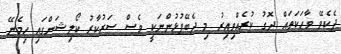
ދެކެވޭ ވާހަކަތައް ދޮގު ކުރެއްވިއިރު މި ދެބޭފުޅުންނަކީ ވެސް ސަރުކާރު ކޯލިޝަންގައި ހިމެނޭ